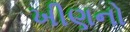
ખીણનો